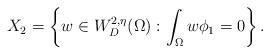
LaTeX: \begin{align*}X_{2}=\left\{ w\in W_{D}^{2,\eta}(\Omega):\int_{\Omega}w\phi_{1}=0\right\}.\end{align*}